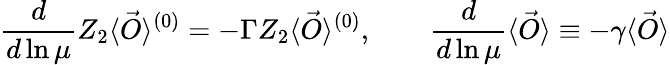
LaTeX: \frac{d}{d\ln\mu}Z_{2}\langle\vec{O}\rangle^{(0)}=-\Gamma Z_{2}\langle\vec{O}\rangle^{(0)},\qquad\frac{d}{d\ln\mu}\langle\vec{O}\rangle\equiv-\gamma\langle\vec{O}\rangle